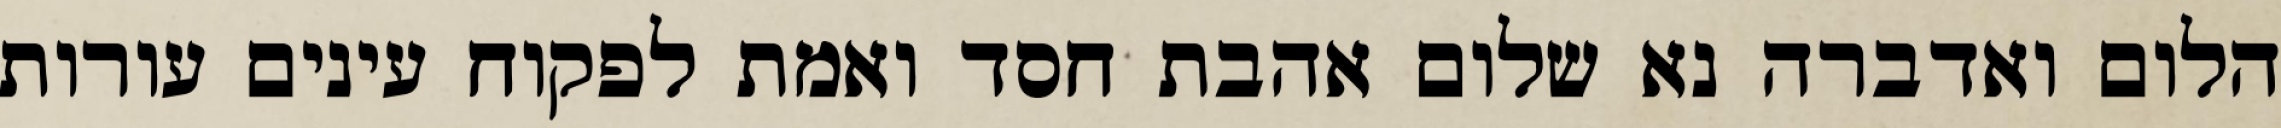
הלום ואדברה נא שלום אהבת חסד ואמת לפקוח עינים עורות